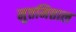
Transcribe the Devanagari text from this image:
मुत्तमित्ताल